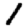
Digit: 1